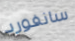
سانفورد